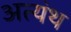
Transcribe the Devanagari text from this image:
अत्यंथ